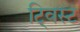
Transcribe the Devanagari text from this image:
टि्वस्ट